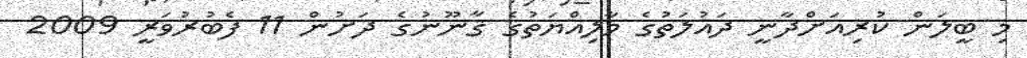
މި ބީލަން ކުރިއަށްދާނީ ދައުލަތުގެ މާލިއްޔަތުގެ ޤާނޫނުގެ ދަށުން 11 ފެބުރުވަރީ 2009